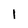
Character: 1